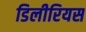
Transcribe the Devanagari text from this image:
डिलीरियस